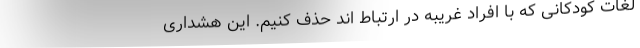
لغات کودکانی که با افراد غریبه در ارتباط ‌‌اند حذف کنیم. این هشداری